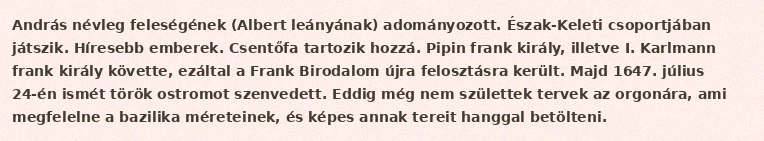
András névleg feleségének (Albert leányának) adományozott. Észak-Keleti csoportjában játszik. Híresebb emberek. Csentőfa tartozik hozzá. Pipin frank király, illetve I. Karlmann frank király követte, ezáltal a Frank Birodalom újra felosztásra került. Majd 1647. július 24-én ismét török ostromot szenvedett. Eddig még nem születtek tervek az orgonára, ami megfelelne a bazilika méreteinek, és képes annak tereit hanggal betölteni.